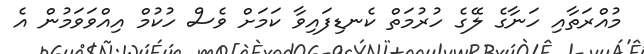
މުއްރަތާއި ހަނާގެ ލޭގެ ހުރުމަތް ކެނޑިފައިވާ ކަމަށް ވެސް ހުކުމް އިއްވަވަމުން އެ